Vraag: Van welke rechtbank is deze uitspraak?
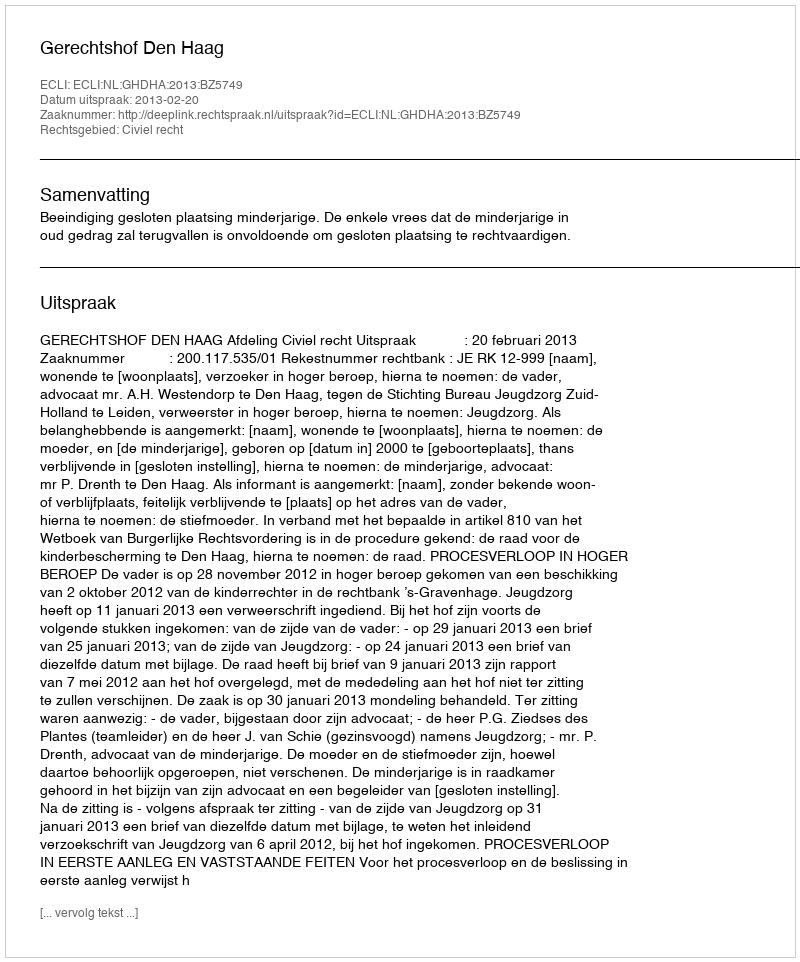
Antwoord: Gerechtshof Den Haag